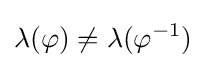
\lambda (\varphi )\neq \lambda (\varphi ^{-1})